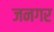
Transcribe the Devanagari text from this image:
जनगर